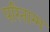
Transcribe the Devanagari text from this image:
परिनाम्म